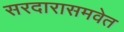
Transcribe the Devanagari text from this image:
सरदारासमवेत